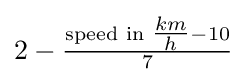
2-{\tfrac {{\text{speed in }}{\tfrac {km}{h}}-10}{7}}